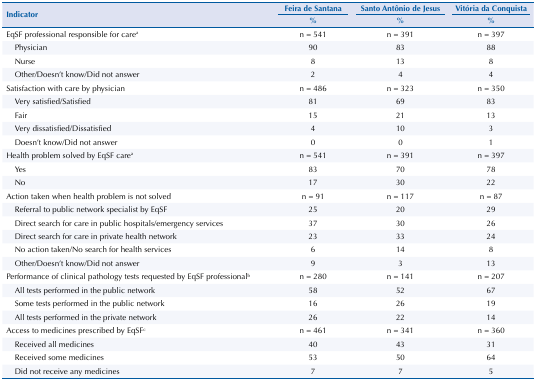
<table><thead><tr><td rowspan="3"><b>Indicator</b></td><td><b>Feira de Santana</b></td><td><b>Santo Antônio de Jesus</b></td><td><b>Vitória da Conquista</b></td></tr><tr><td><b>%</b></td><td><b>%</b></td><td><b>%</b></td></tr></thead><tbody><tr><td>EqSF professional responsible for care<sup>a</sup></td><td>n = 541</td><td>n = 391</td><td>n = 397</td></tr><tr><td>Physician</td><td>90</td><td>83</td><td>88</td></tr><tr><td>Nurse</td><td>8</td><td>13</td><td>8</td></tr><tr><td>Other/Doesn’t know/Did not answer</td><td>2</td><td>4</td><td>4</td></tr><tr><td>Satisfaction with care by physician</td><td>n = 486</td><td>n = 323</td><td>n = 350</td></tr><tr><td>Very satisfied/Satisfied</td><td>81</td><td>69</td><td>83</td></tr><tr><td>Fair</td><td>15</td><td>21</td><td>13</td></tr><tr><td>Very dissatisfied/Dissatisfied</td><td>4</td><td>10</td><td>3</td></tr><tr><td>Doesn’t know/Did not answer</td><td>0</td><td>0</td><td>1</td></tr><tr><td>Health problem solved by EqSF care<sup>a</sup></td><td>n = 541</td><td>n = 391</td><td>n = 397</td></tr><tr><td>Yes</td><td>83</td><td>70</td><td>78</td></tr><tr><td>No</td><td>17</td><td>30</td><td>22</td></tr><tr><td>Action taken when health problem is not solved</td><td>n = 91</td><td>n = 117</td><td>n = 87</td></tr><tr><td>Referral to public network specialist by EqSF</td><td>25</td><td>20</td><td>29</td></tr><tr><td>Direct search for care in public hospitals/emergency services</td><td>37</td><td>30</td><td>26</td></tr><tr><td>Direct search for care in private health network</td><td>23</td><td>33</td><td>24</td></tr><tr><td>No action taken/No search for health services</td><td>6</td><td>14</td><td>8</td></tr><tr><td>Other/Doesn’t know/Did not answer</td><td>9</td><td>3</td><td>13</td></tr><tr><td>Performance of clinical pathology tests requested by EqSF professional<sup>b</sup></td><td>n = 280</td><td>n = 141</td><td>n = 207</td></tr><tr><td>All tests performed in the public network</td><td>58</td><td>52</td><td>67</td></tr><tr><td>Some tests performed in the public network</td><td>16</td><td>26</td><td>19</td></tr><tr><td>All tests performed in the private network</td><td>26</td><td>22</td><td>14</td></tr><tr><td>Access to medicines prescribed by EqSF<sup>c</sup></td><td>n = 461</td><td>n = 341</td><td>n = 360</td></tr><tr><td>Received all medicines</td><td>40</td><td>43</td><td>31</td></tr><tr><td>Received some medicines</td><td>53</td><td>50</td><td>64</td></tr><tr><td>Did not receive any medicines</td><td>7</td><td>7</td><td>5</td></tr></tbody></table>